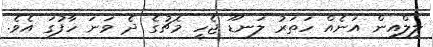
ލިލްއިން އަނެއް ހަތަރު ލަނޑޫ ޖެހީ މެޗުގެ ދެ ވަނަ ހާފުގަ އެވެ.